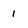
Character: 1